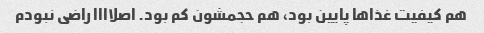
هم کیفیت غذاها پایین بود، هم حجمشون کم بود. اصلاااا راضی نبودم